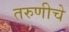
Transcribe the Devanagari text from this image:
तरुणीचे